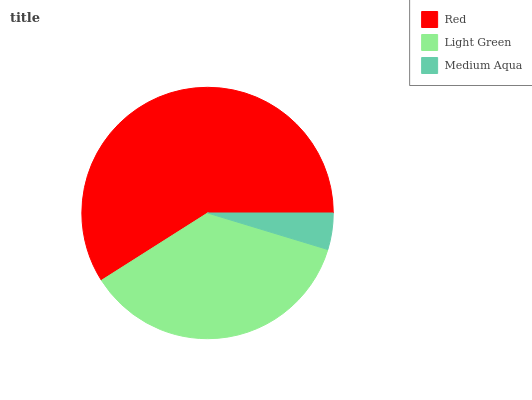
| Red | Light Green | Medium Aqua |
 | --- | --- | --- |
 | 59% | 36.3% | 4.69% |